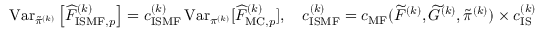
\begin{array} { r } { \operatorname { V a r } _ { \tilde { \pi } ^ { ( k ) } } \left[ \widehat { F } _ { \mathrm { I S M F } , p } ^ { ( k ) } \right] = c _ { \mathrm { I S M F } } ^ { ( k ) } \operatorname { V a r } _ { \pi ^ { ( k ) } } [ \widehat { F } _ { \mathrm { M C } , p } ^ { ( k ) } ] , \quad c _ { \mathrm { I S M F } } ^ { ( k ) } = c _ { \mathrm { M F } } ( \widetilde { F } ^ { ( k ) } , \widetilde { G } ^ { ( k ) } , \tilde { \pi } ^ { ( k ) } ) \times c _ { \mathrm { I S } } ^ { ( k ) } } \end{array}